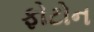
ફોટોન